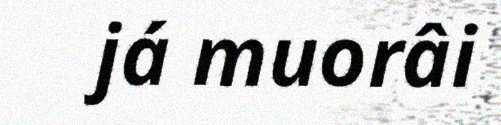
já muorâi